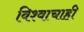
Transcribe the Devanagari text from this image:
विश्वाचाही